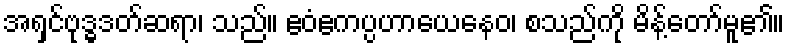
အရှင်ဗုဒ္ဓဒတ်ဆရာ၊ သည်။ ဧဝံဧကပ္ပဟာယေနေဝ၊ စသည်ကို မိန့်တော်မူ၏။